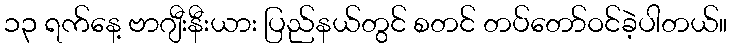
၁၃ ရက်နေ့ ဗာဂျီးနီးယား ပြည်နယ်တွင် စတင် တပ်တော်ဝင်ခဲ့ပါတယ်။